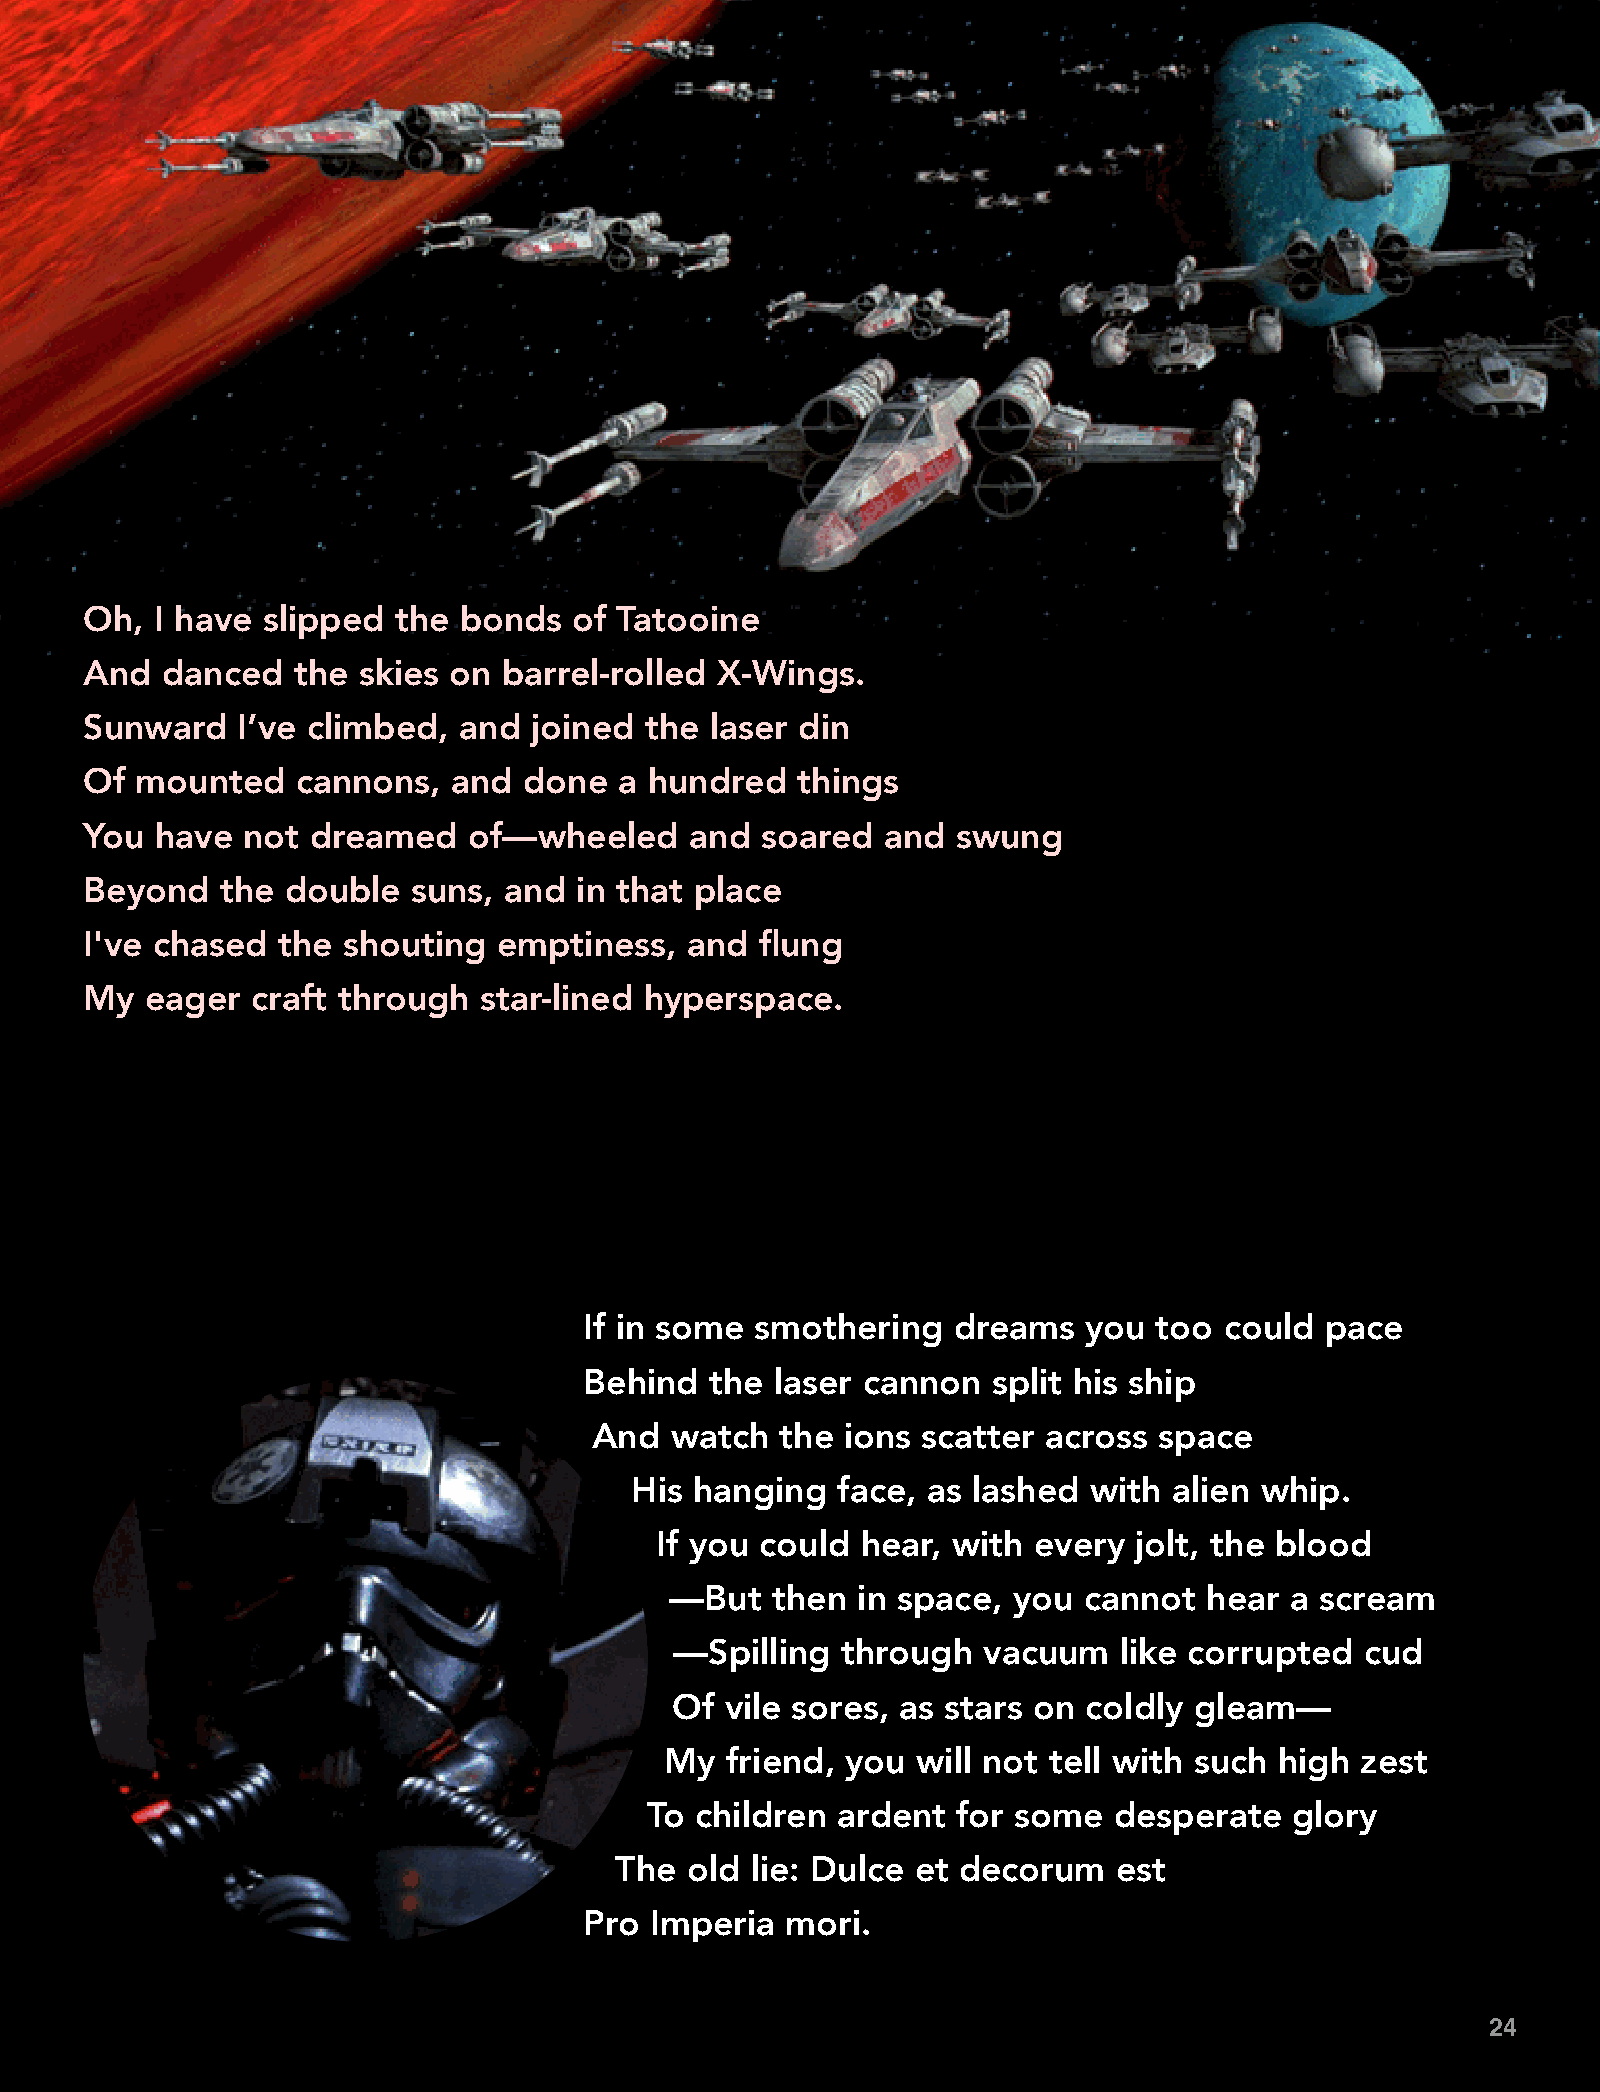
Oh, I have slipped  the bonds   of Tatooine
 And  danced  the  skies on barrel-rolled X-Wings.
 Sunward   I’ve climbed, and  joined  the laser din
 Of mounted    cannons,  and  done  a hundred   things
 You have  not dreamed    of—wheeled     and soared   and swung
 Beyond   the double  suns, and  in that place
 I've chased the  shouting  emptiness,  and  flung
 My  eager  craft through  star-lined hyperspace.
 If in some smothering   dreams   you  too could  pace
 Behind  the laser cannon   split his ship
 And  watch   the ions scatter across  space
 His hanging  face, as lashed  with  alien whip.
 If you could  hear, with every  jolt, the blood
 —But   then  in space, you  cannot  hear a scream
 —Spilling  through  vacuum   like corrupted  cud
 Of  vile sores, as stars on coldly gleam—
 My  friend, you  will not tell with such high zest
 To children ardent  for some   desperate   glory
 The old  lie: Dulce et decorum   est
 Pro Imperia  mori.
 24